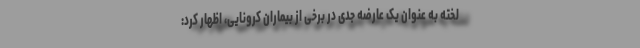
لخته به عنوان یک عارضه جدی در برخی از بیماران کرونایی، اظهار کرد: